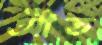
আঁত